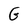
Character: G